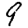
Digit: 9